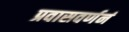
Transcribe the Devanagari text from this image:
प्रवासवर्णनं